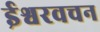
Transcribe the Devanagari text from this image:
ईश्वरवचन